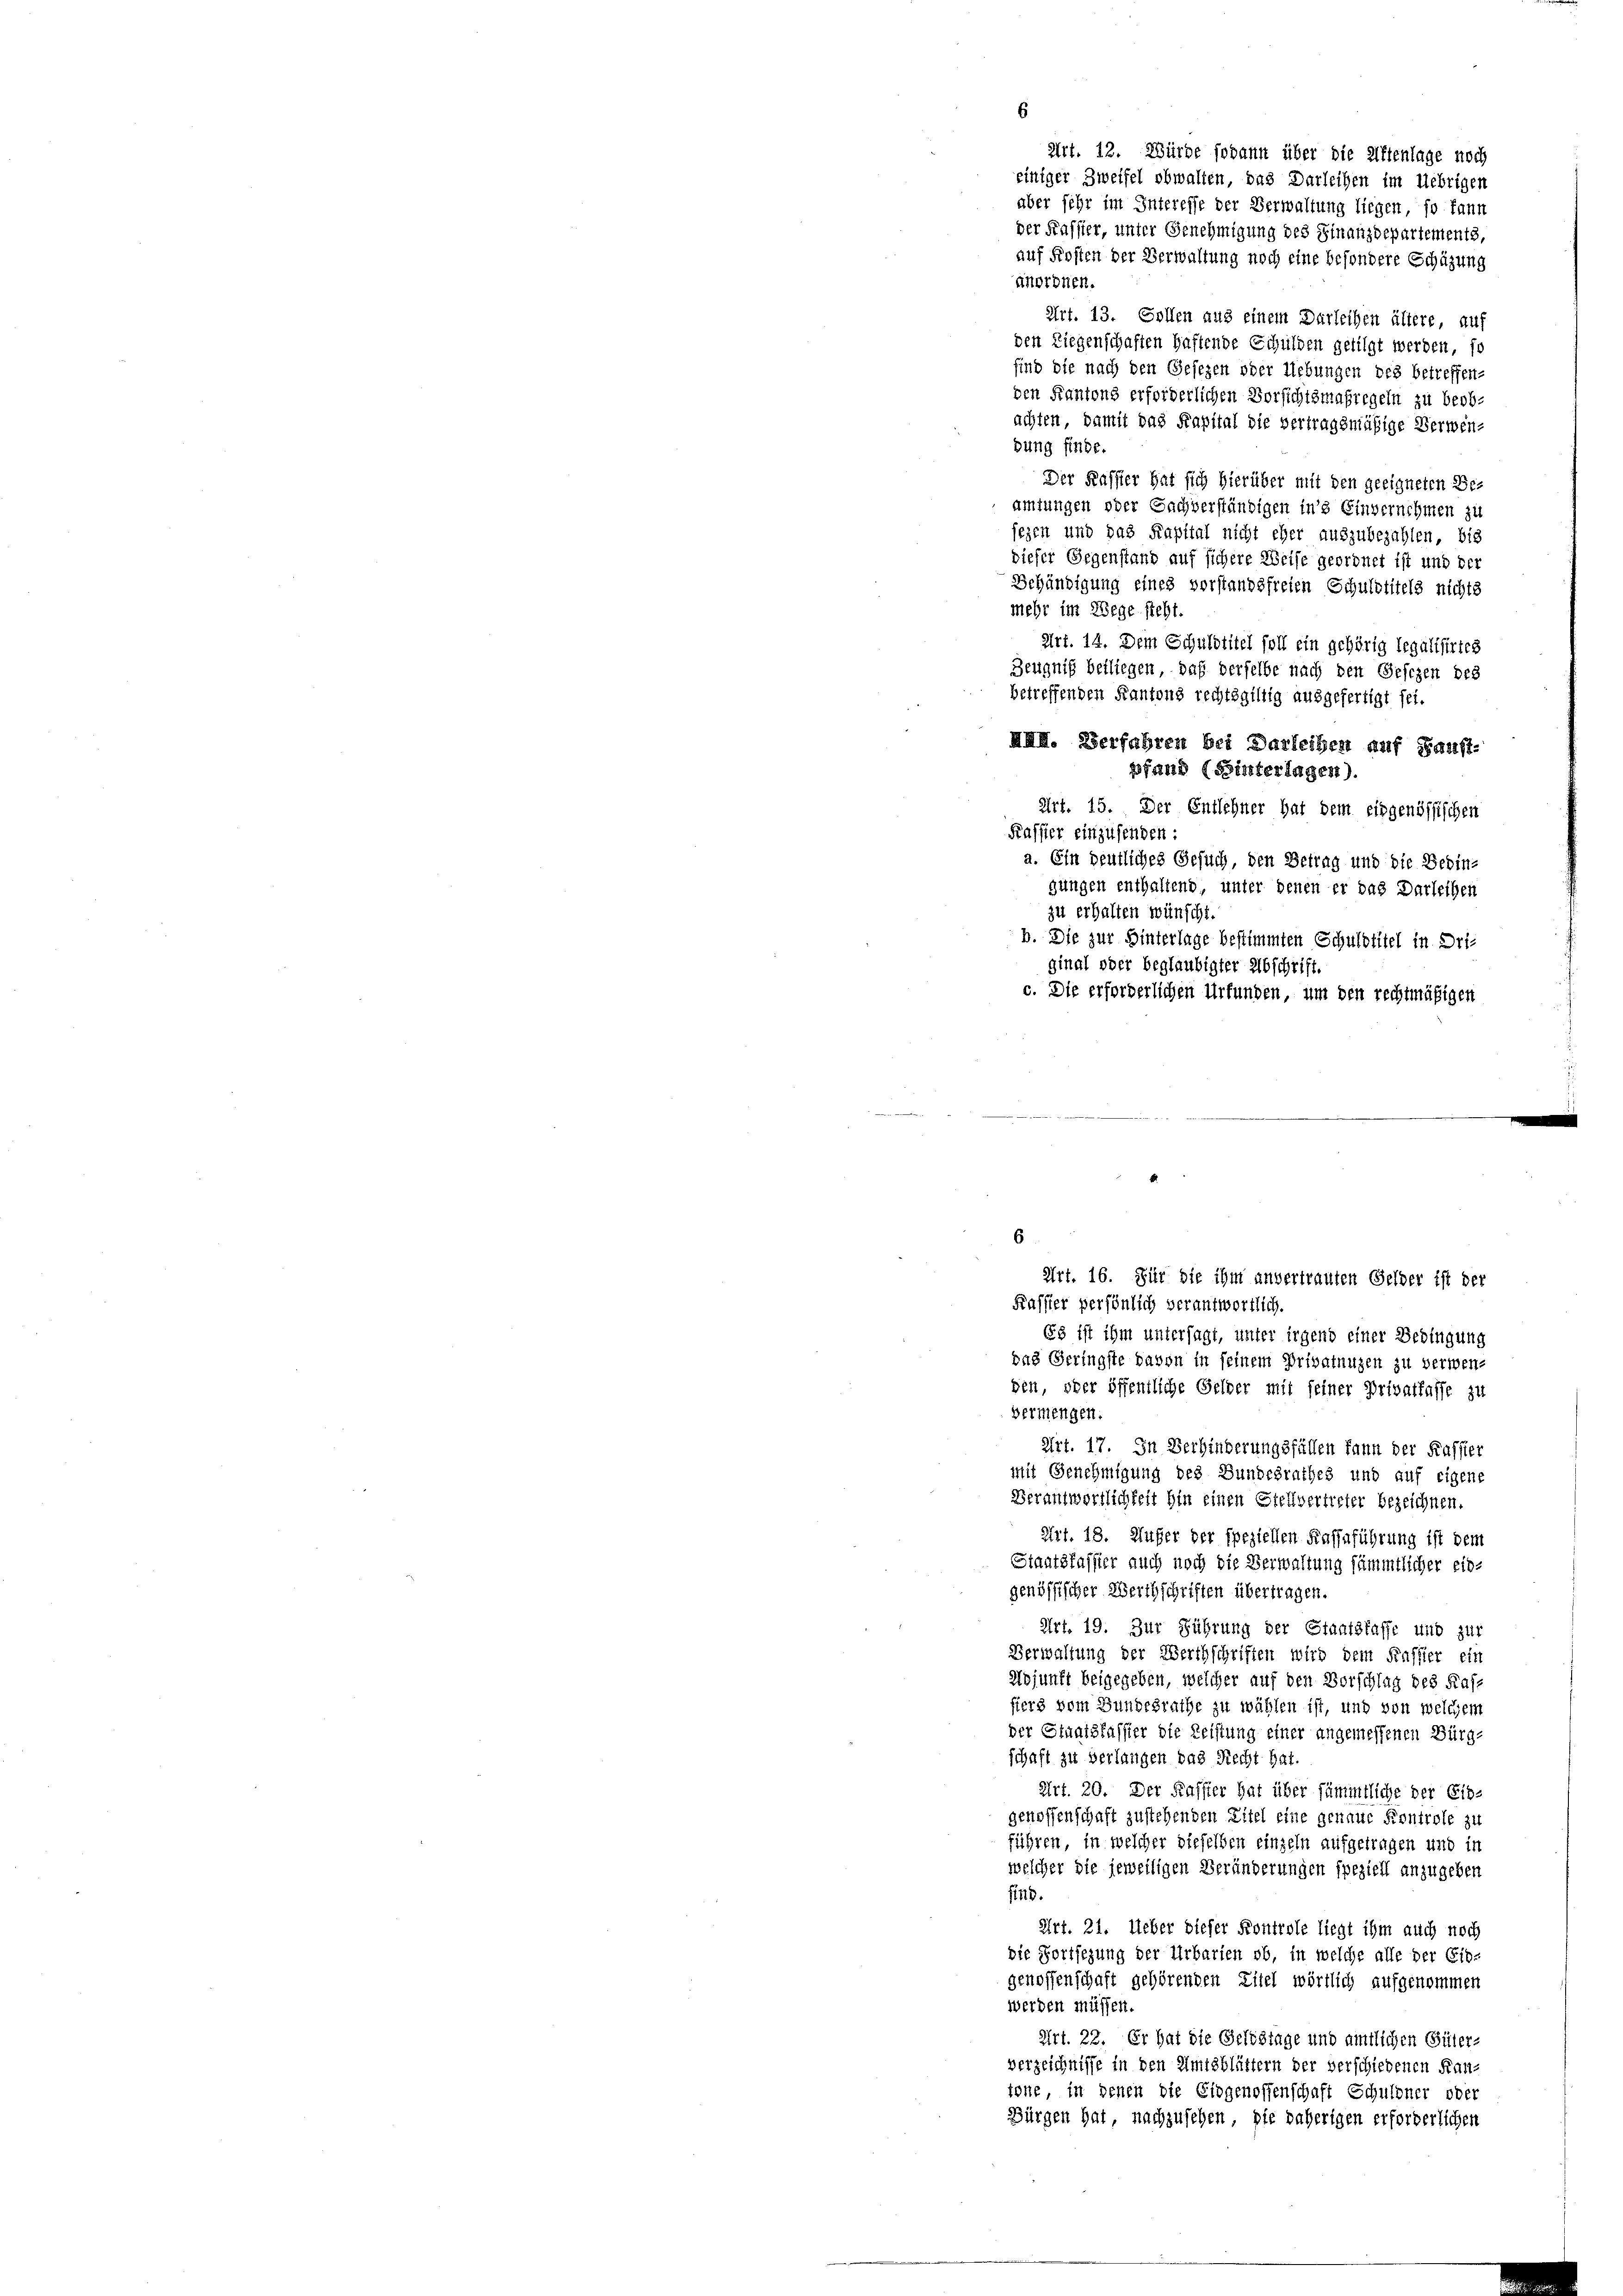
6
Art. 12. Würde sodann über die Attenlage noch
einiger Zweifel obwalten, das Darleihen im Uebrigen
aber sehr im Interesse der Verwaltung liegen, so kann
der Kassier, unter Genehmigung des Finanzdepartements,
auf Kosten der Verwaltung noch eine besondere Schüzung
unordnen.
Art. 13. Sollen aus einem Darleihen ältere, auf
den Liegenschaften Haftende Schulden getilgt werden, so
sind die nach den Gesezen oder Uebungen des betreffen-
den Kantons erforderlichen Vorsichtsmaßregeln zu beob-
achten, damit das Kapital die vertragsmäßige Verwen-
bung finde.
Der Kassier hat sich hierüber mit den geeigneten Beamtungen oder Sachverständigen in’s Einvernehmen zu
sezen und das Kapital nicht eher auszubezahlen, bis
dieser Gegenstand auf sichere Weise geordnet ist und der
Behändigung eines vorstandsfreien Schuldtitels nichte
mehr im Wege sieht.
Art. 14. Dem Schuldtitel soll ein gehörig legalisirtes
Zeugniß beiliegen, daß derselbe nach den Gesezen des
betreffenden Kantons rechtsgültig ausgefertigt sei.
Kassier einzusenden:
a. Ein deutliches Gesuch, den Betrag und die Bedin-
gungen enthaltend, unter denen er das Darleihen
zu erhalten wünscht.
b. Die zur Hinterlage bestimmten Schuldtitel in Driginal oder beglaubigter Abschrift.
c. Die erforderlichen Urfunden, um den rechtmäßigen
n
6
Art. 16. Für die ihm unvertrauten Gelder ist der
Kassier persönlich verantwortlich.
Es ist ihm untersagt, unter irgend einer Bedingung
das Geringste davon in seinem Privatungen zu verwen-
den, oder öffentliche Gelder mit seiner Privatlasse zu
Vermengen.
Art. 17. In Verhinderungsfällen kann der Kassier
mit Genehmigung des Bundesrathes und auf eigene
Verantwortlichkeit hin einen Stellvertreter bezeichnen.
Art. 18. Aufer der speziellen Kassaführung ist dem
Staatskassier auch noch die Verwaltung sämmtlicher ein-
genössischer Werthschriften übertragen.
Art. 19. Zur Führung der Staatsfaffe und zur
Verwaltung der Werthschriften wird dem Kaffler ein
Mojunft beigegeben, welcher auf den Vorschlag des Kashiers vom Bundesrathe zu wählen ist, und von welchem
der Staatskassier die Leistung einer angemessenen Bürg-
schaft zu verlangen das Recht hat.
Art. 20. Der Kassier hat über sämmtliche der Eis-
genossenschaft zustehenden Zitel eine genaue Kontrole zu
führen, in welcher dieselben einzeln aufgetragen und in
welcher die jeweiligen Veränderungen speziell anzugeben
find.
Art. 21. Ueber dieser Kontrole liegt ihm auch noch
die Fortsezung der Urbarten ob, in welche alle der Eio-
genossenschaft gehörenden Zitel wörtlich aufgenommen
werden müssen.
Art. 22. Er hat die Geldstage und amtlichen Güter-
verzeichnisse in den Amtsblättern der verschiedenen Rautone, in denen die Eidgenossenschaft Schuldner oder
Bürgen hat nachzusehen, sie näherigen erforderlichen

XIII. Verfahren bei Darleihen auf Haust-
pfand (Binterlagen).
Art. 15. Der Entlehner hat dem eingenössischen